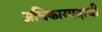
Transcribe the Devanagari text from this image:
अधिकारपदाची